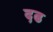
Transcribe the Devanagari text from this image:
दढ